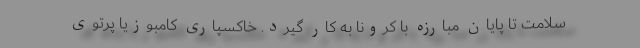
سلامت تا پایان مبارزه با کرونا به کار گیرد. خاکسپاری کامبوزیا پرتوی